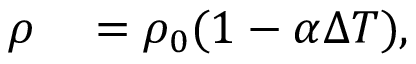
\begin{array} { r l } { \rho } & { { } = \rho _ { 0 } ( 1 - \alpha \Delta T ) , } \end{array}